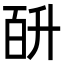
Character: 𭽎